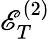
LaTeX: \mathscr{E}_{T}^{(2)}